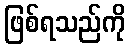
ဖြစ်ရသည်ကို